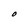
Character: o